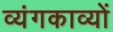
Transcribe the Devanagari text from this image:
व्यंगकाव्यों